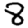
Digit: 8